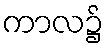
ကာလ၌